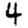
Digit: 4